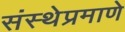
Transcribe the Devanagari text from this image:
संस्थेप्रमाणे